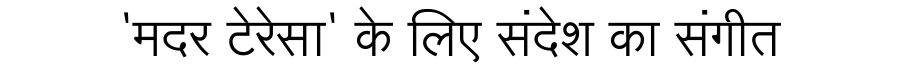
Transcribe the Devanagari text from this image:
'मदर टेरेसा' के लिए संदेश का संगीत